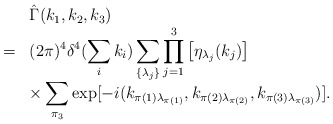
\begin{align*}\begin{array}{rl}&\hat{\Gamma}(k_1,k_2,k_3)\\ =&\displaystyle (2\pi)^4\delta^4(\sum_ik_i)\sum_{\{\lambda_j\}}\prod_{j=1}^3\left[\eta_{\lambda_j}(k_j)\right]\\&\displaystyle\times\sum_{\pi_3}\exp[-i(k_{\pi(1)\lambda_{\pi(1)}},k_{\pi(2)\lambda_{\pi(2)}},k_{\pi(3)\lambda_{\pi(3)}})]. \end{array}\end{align*}